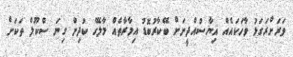
ވަރަށްރަގަޅު ވާހަކައެއް ޣިޔާސުއްދީނަށް ބޭކާރުބޮޑު އިމާރާތެއް މާލޭގެ ކުދިން ގިނަ ސްކޫލް ތަކަށް